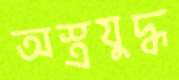
অস্ত্রযুদ্ধ